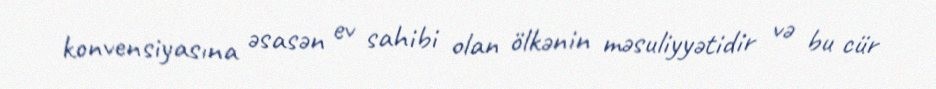
konvensiyasına əsasən ev sahibi olan ölkənin məsuliyyətidir və bu cür